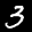
Digit: 3